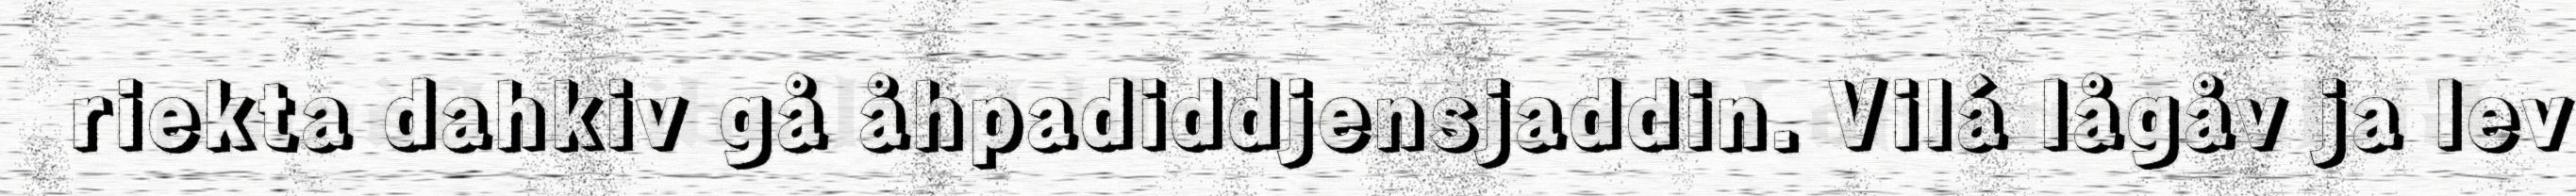
riekta dahkiv gå åhpadiddjensjaddin. Vilá lågåv ja lev